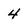
Character: 4